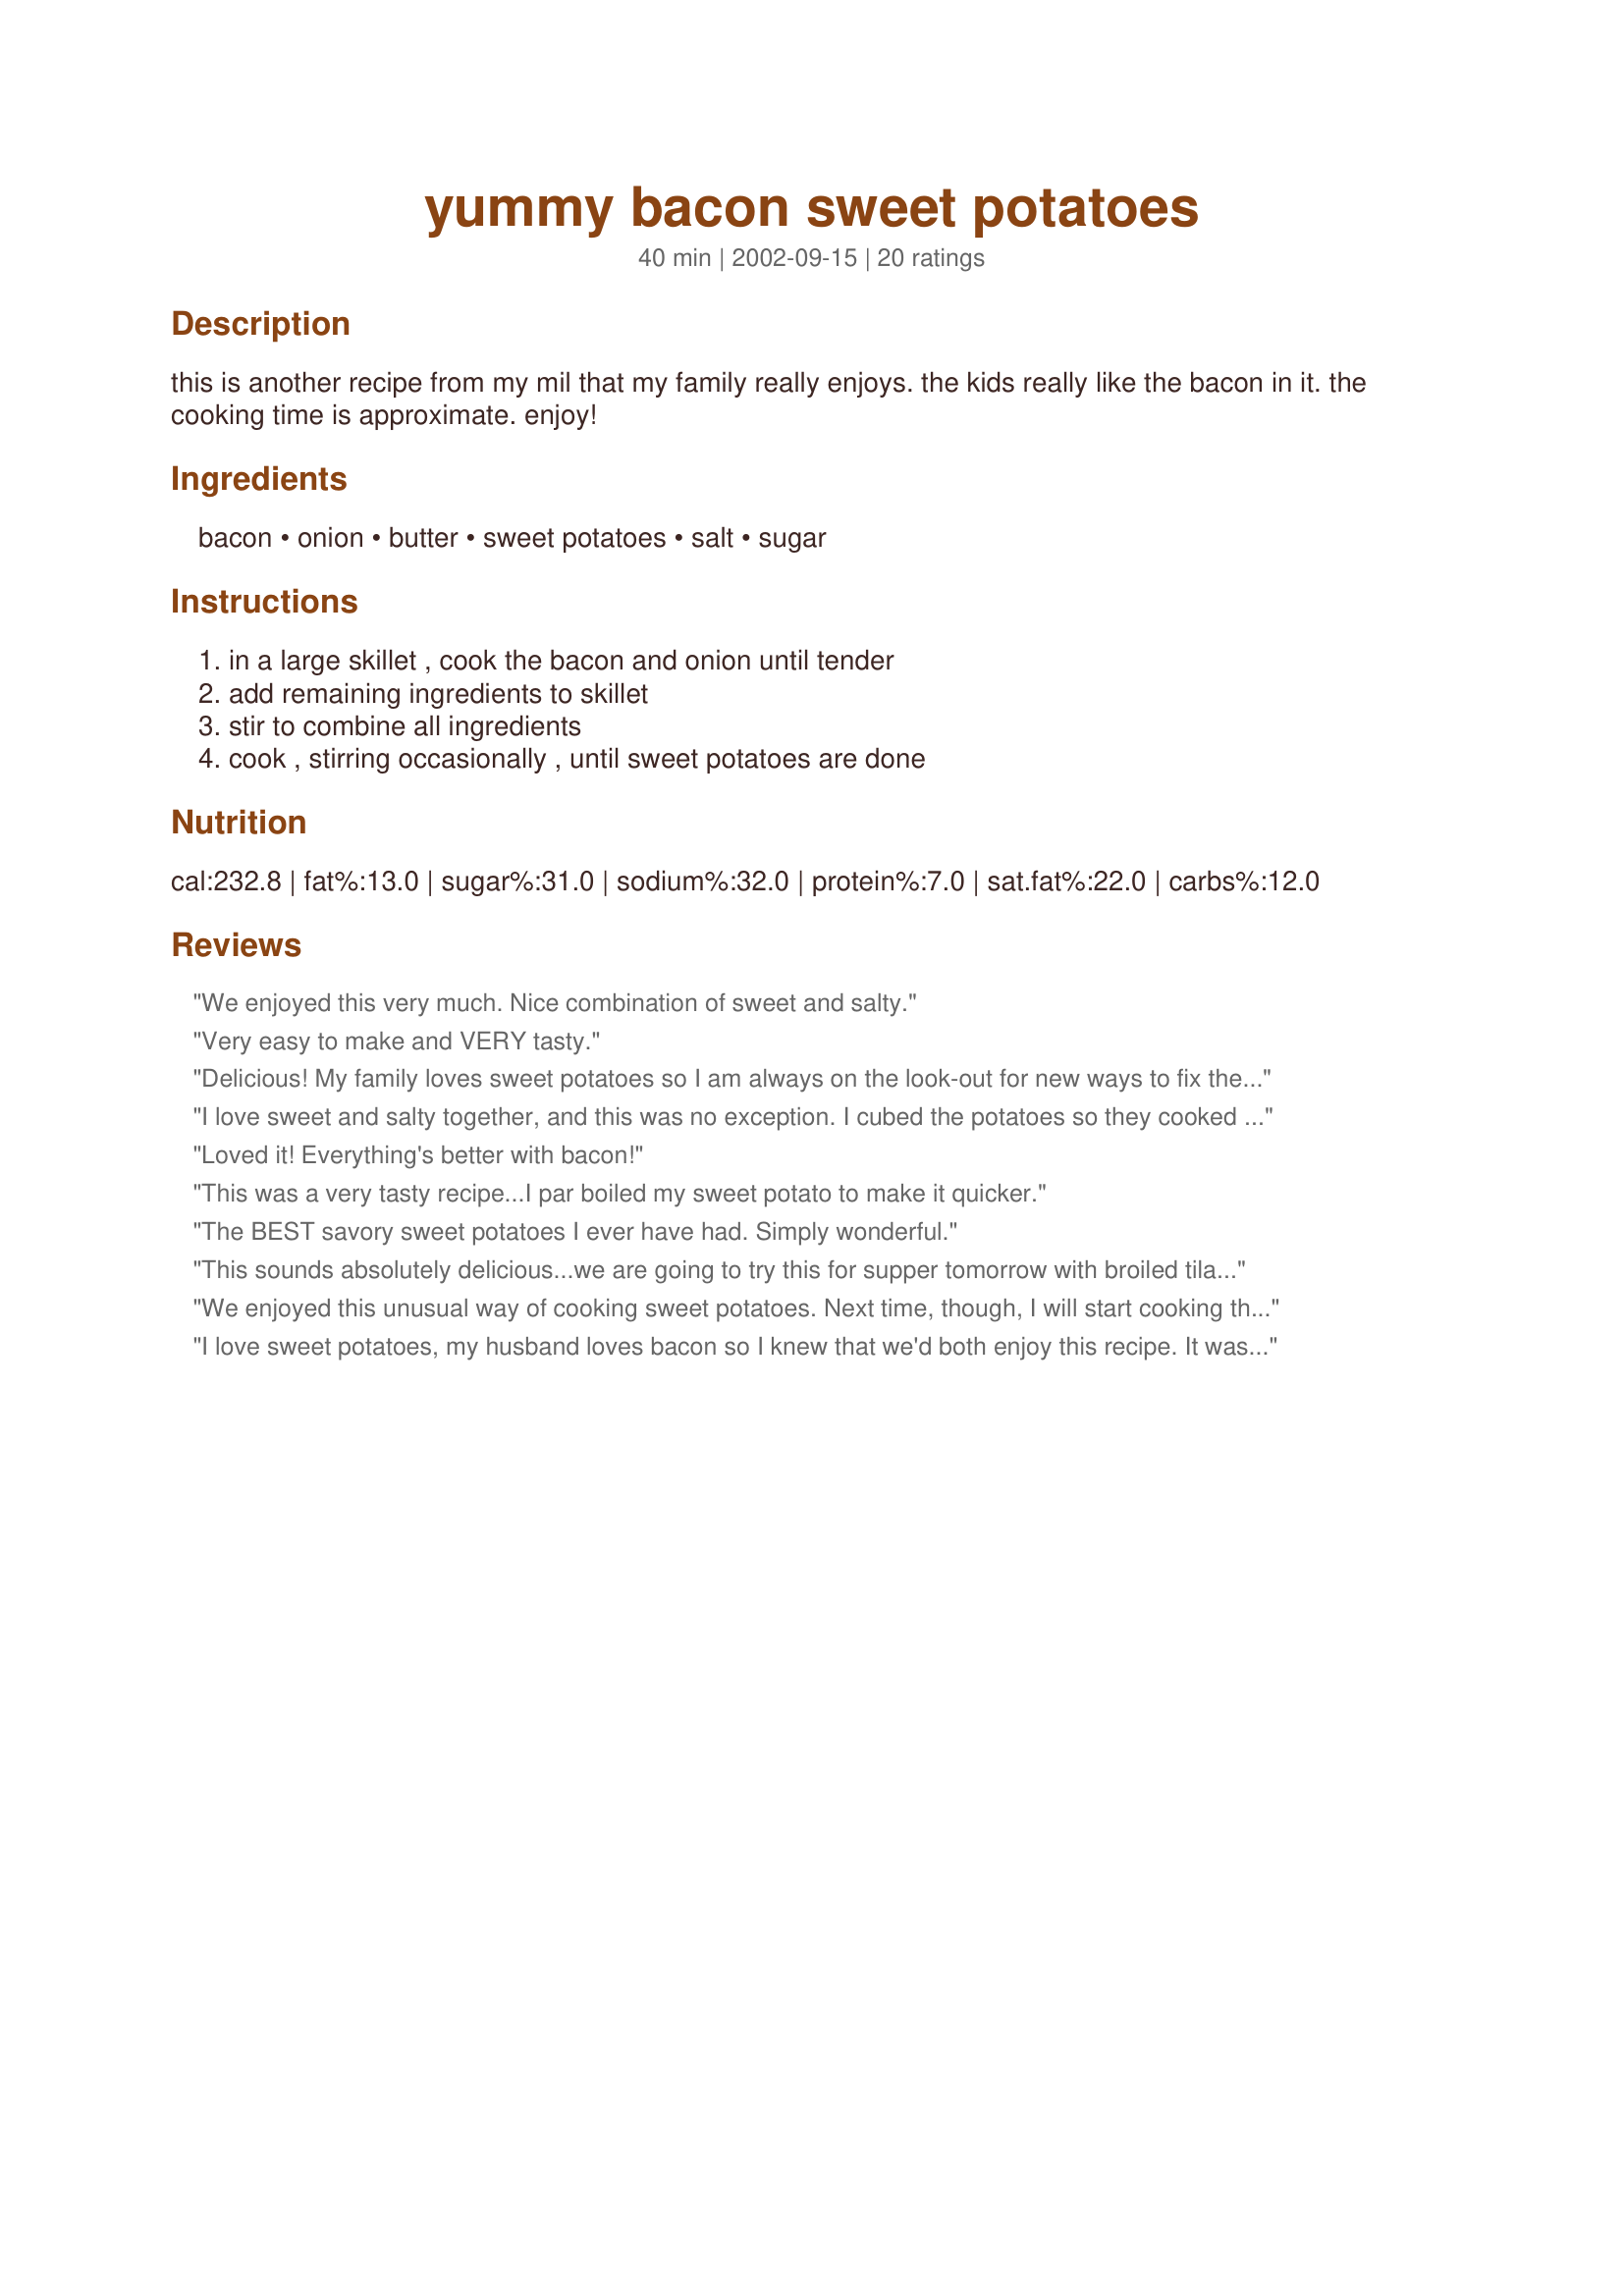
yummy bacon sweet potatoes
Preparation time: 40 minutes

this is another recipe from my mil that my family really enjoys. the kids really like the bacon in it. the cooking time is approximate. enjoy!

Ingredients:
bacon, onion, butter, sweet potatoes, salt, sugar

Steps:
in a large skillet , cook the bacon and onion until tender, add remaining ingredients to skillet, stir to combine all ingredients, cook , stirring occasionally , until sweet potatoes are done

Reviews:
We enjoyed this very much. Nice combination of sweet and salty.
Very easy to make and VERY tasty.
Delicious! My family loves sweet potatoes so I am always on the look-out for new ways to fix them. We loved the flavors of the bacon and onions with the sweet potatoes. I made this as written, except I parboiled the sweet potatoes (whole and unpeeled) for about 10-15 minutes. I let them cool for a short time before peeling and slicing them. I didn't use any sugar and only a light sprinkling of salt. I cooked this dish in a cast iron skillet and did have to add some additional butter to prevent the potatoes from sticking to the pan. My family devoured this and gave it 2-thumbs up! Thank you for sharing this wonderful recipe...it is definitely a keeper!<br/>*Made for P-A-R-T-Y tag game*
I love sweet and salty together, and this was no exception. I cubed the potatoes so they cooked quicker without the onions or bacon burning.
Loved it! Everything's better with bacon!
This was a very tasty recipe...I par boiled my sweet potato to make it quicker.
The BEST savory sweet potatoes I ever have had. Simply wonderful.
This sounds absolutely delicious...we are going to try this for supper tomorrow with broiled tilapia...so I will update officially when we do...

UPDATE--1-28-10-- Made this tonight with the Broiled Parmesan Tilapia and corn. I used turkey bacon that I cooked in the microwave and I also cubed my sweet potatoes and cooked them prior just to shorten cooking time. Instead of using white sugar, I sprinkled some brown sugar on top as well as sprayed a little spray butter on top.

I did try this just plain as well and all in all it is very good either way! We will definitely be making this again. Thank you for sharing.
We enjoyed this unusual way of cooking sweet potatoes. Next time, though, I will start cooking the sweet potatoes for 5 or 10 minutes before adding the bacon and onion - they got a bit overcooked. I also used half the salt - and my bacon was unsalted - and thought it was plenty. I did not add any sugar; it was fine without it.
I love sweet potatoes, my husband loves bacon so I knew that we'd both enjoy this recipe. It was so much better than I imagined it would be. I cooked in the pan for about half an hour, and then in the interest of time I scooped everthing into a microwave safe bowl and nuked it for 3 minutes to finish softening the potatoes.
These were very good. I diced the potatoes vs. slicing and used olive oil instead of butter. Really wonderful combination.
This was really good. I also diced the potatoes and I really liked that. The flavours were fantastic and it made for a great side dish, sort of like a hash.
Thanks!
Just so things would work out well for me, I sliced yams (unpeeled) & steamed them just long enough so they were slightly cooked, then proceeded with the recipe! I did use unsalted butter & also cut back on the amount of salt used, since I felt the salt in the bacon was almost enough for this dish! I also used a Vadalia onion! All that, & I LOVED THIS DISH! A great way to serve up yams almost anytime of the year! A definite keeper! [Tagged, made & reviewed in the US Regional Alphabet Tag cooking game]
Yummy says it all! Never made sweet potatoes with bacon, this is a wonderful combination which I will make again. I used turkey bacon for the bacon and a little more butter, and we had this with recipe #484106 which makes a perfect match. Thanks for sharing this recipe!<br/>Made for ZWT 8 / Aus / NZ for the Lively Lemon Lovelies
Another fabulous Pick a Chef 2006 find and a great recipe – reasonably quick to cook, very easy to prepare and really delicious: what more can you ask for! I guessed from the ingredients that we were in for a treat, and I was absolutely delighted with this dish. It sounded similar to one I’d eaten and loved at a friend’s place a few years ago, and that I’d never gotten around to getting the recipe for - which is why I selected it for Pick a Chef. I benefited from several of the earlier reviewers’ suggestions. In making this, I cubed the sweet potatoes (thank you, KelBel) and I omitted the salt (for us there really was enough salt in the bacon) and the sugar (thank you Jenny Saunders). In step one, I added 4 cloves of minced garlic. A fabulous dish which we thoroughly enjoyed tonight as an easy to prepare light meal! And which I know we’ll be enjoying again! Thank you, Dreamgoddess!
Great side dish, flavorful and easy to prepare. The sweet and salty flavors are an excellent combination here. Thank you for sharing this recipe, it was a nice treat.
This is a terrific recipe. It almost tempted my bacon loving sweet potato hating son to try them. I swear there is nothing that bacon doesn't make better. I did partially cook the sweet potatoes first and then fried them with the skins on. I did cube them so that I could more easily get a larger quantity in the pan. Next time I will just slice them as the recipe suggests. I have always loved leftover sweet potatoes fried in butter and now I may just have to add bacon. Thanks for sharing your recipe. Made for 2010 Spring PAC.
Featured in my Book#237470. Originally reviewed on Mar. 11, 2008. Dreamgoddess this recipe is wonderful! I did skip the sugar and salt. My bacon and onion came out fine, and I did cut the sweet potato the size you said in your directions. Thank you for sharing a keeper. I made this for the U.S Regional tag.
Originally rated on 2/7/09 - This recipe made it into my book#266453. Based on WiGal's recommendation, I made these sweet potatoes for a side dish the other night. Oh my gosh, were these ever good!! We just loved them and I already have a craving to make these again. I used 2 sweet potatoes and left the skin on (more nutrients that way) , slicing them thin. I doubled the amount of bacon (we love our bacon!) and cooked them until "just done" before adding the rest of the ingredients. I will omit the sugar next time, just because I don't think the sweet potatoes need it. I cooked the sweet potatoes for a good 20 min. because we like ours a little bit crispy. Delicious!!!!!
Great potatoes!! The sweetness from the sweet potatoes and the saltiness from the bacon was a perfect match! Made with shallots rather than onions. Will make these again! Made for ZWT8.
